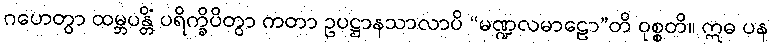
ဂဟေတွာ ထမ္ဘပန္တိံ ပရိက္ခိပိတွာ ကတာ ဥပဋ္ဌာနသာလာပိ “မဏ္ဍလမာဠော”တိ ဝုစ္စတိ။ ဣဓ ပန